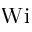
\mathrm { W i }